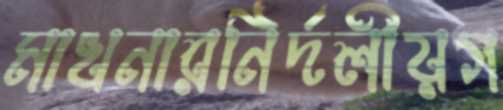
মাখনারনির্দলীয়গ